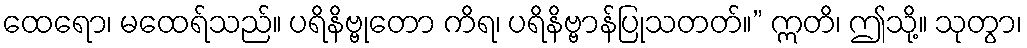
ထေရော၊ မထေရ်သည်။ ပရိနိဗ္ဗုတော ကိရ၊ ပရိနိဗ္ဗာန်ပြုသတတ်။” ဣတိ၊ ဤသို့။ သုတွာ၊